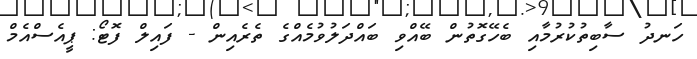
ހަނދު ސާބިތުކުރުމާއި ބެހޭގޮތުން ބޭއްވި ބައްދަލުވުމެއްގެ ތެރެއިން - ފައިލް ފޮޓޯ: ޕީއެސްއެމް